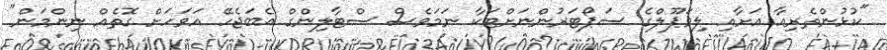
"ކުޅުންތެރިއާ އަށާއި ލިވަޕޫލްގެ ސަޕޯޓަރުންނަށްޓަކާ ނަމަވެސް ސްޓާލިންގް އެބަޖެހޭ އަވަހަށް ގޮތެއް ނިންމަން"